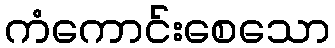
ကံကောင်းစေသော